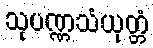
သုပဏ္ဏသံယုတ္တံ